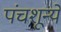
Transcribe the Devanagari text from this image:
पंचशून्ये